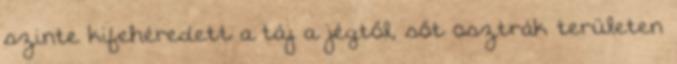
szinte kifehéredett a táj a jégtől, sőt osztrák területen